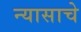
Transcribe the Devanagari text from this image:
न्यासाचे